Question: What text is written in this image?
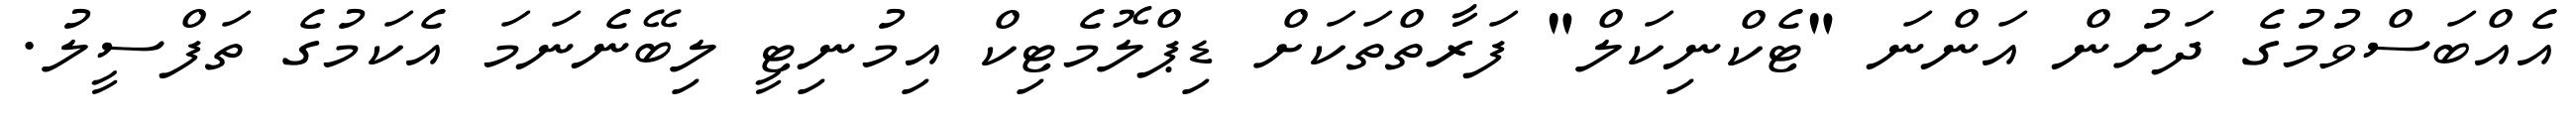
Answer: އެއްބަސްވުމުގެ ދަށުން އަންނަ "ޓެކްނިކަލް" ފަރާތްތަކަށް ޑިޕްލޮމެޓިކް އިމުނިޓީ ލިބޭނެނަމަ އެކަމުގެ ތަފްސީލު.